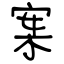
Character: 案